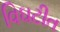
વિઘટીત